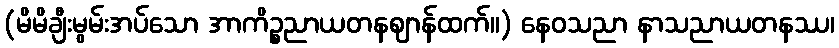
(မိမိချီးမွမ်းအပ်သော အာကိဉ္စညာယတနဈာန်ထက်။) နေဝသညာ နာသညာယတနဿ၊